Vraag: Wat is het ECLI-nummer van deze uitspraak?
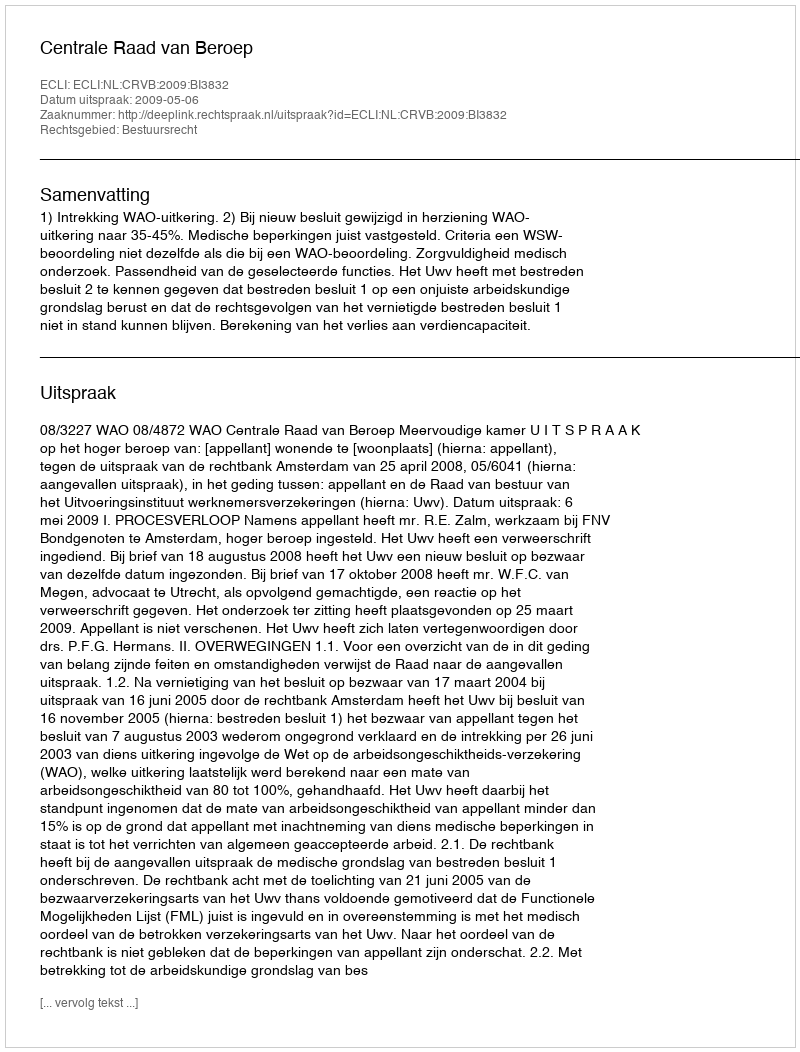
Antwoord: ECLI:NL:CRVB:2009:BI3832